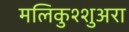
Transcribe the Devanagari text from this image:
मलिकुश्शुअरा